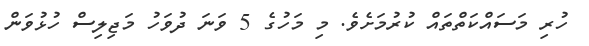
ހުރި މަސައްކަތްތައް ކުރުމަށެވެ. މި މަހުގެ 5 ވަނަ ދުވަހު މަޖިލިސް ހުޅުވަން